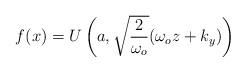
LaTeX: \begin{align*}f(x)=U\left( a,\sqrt{\frac{2}{\omega _{o}}}(\omega _{o}z+k_{y})\right)\end{align*}